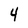
Character: 4